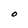
Character: O